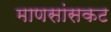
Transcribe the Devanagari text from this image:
माणसांसकट